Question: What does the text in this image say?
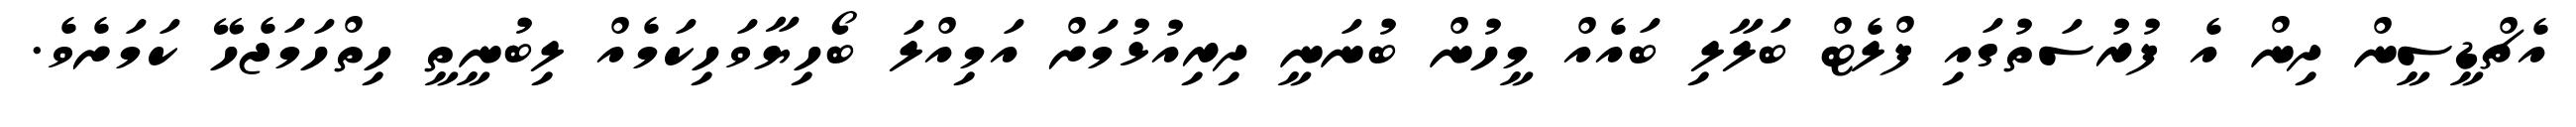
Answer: އެޗްޑީސީން ދިން އެ ފުރުސަތުގައި ފްލެޓް ބަލާލި ބައެއް މީހުން ބުނަނީ ދިރިއުޅުމަށް އަމިއްލަ ބޯހިޔާވަހިކަމެއް ލިބުނީތީ ހިތްހަމަޖެހޭ ކަމަށެވެ.